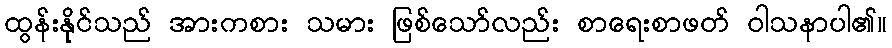
ထွန်းနိုင်သည် အားကစား သမား ဖြစ်သော်လည်း စာရေးစာဖတ် ဝါသနာပါ၏။